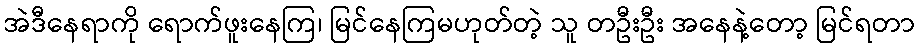
အဲဒီနေရာကို ရောက်ဖူးနေကြ၊ မြင်နေကြမဟုတ်တဲ့ သူ တဦးဦး အနေနဲ့တော့ မြင်ရတာ